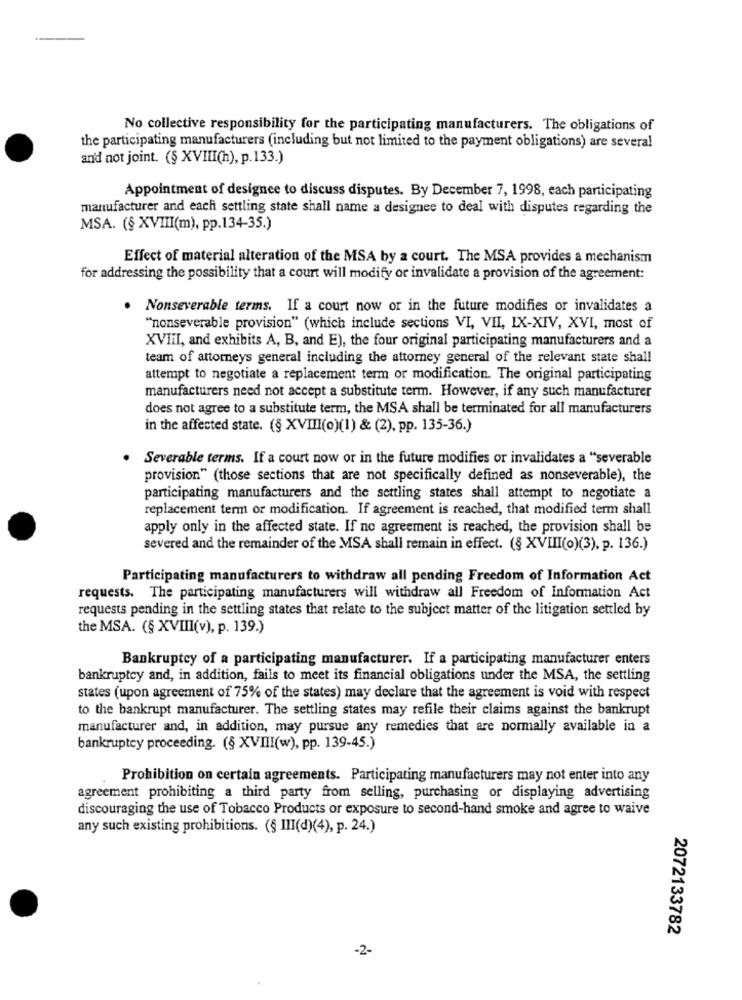
No collective responsibility for the participating manufacturers. The obligations of
the participating manufacturers (including but not limited to the payment obligations) are several
and not joint. (§ XVIII(h), p.133.)
Appointment of designee to discuss disputes. By December 7, 1998, each participating
manufacturer and each settling state shall name a designee to deal with disputes regarding the
MSA. (§ XVIII(m), pp.134-35.)
Effect of material alteration of the MSA by a court. The MSA provides a mechanism
for addressing the possibility that a court will modify or invalidate a provision of the agreement:
.
Nonseverable terms. If a court now or in the future modifies or invalidates a
"nonseverable provision" (which include sections VI, VII, IX-XIV, XVI, most of
XVIII, and exhibits A, B, and E), the four original participating manufacturers and a
team of attorneys general including the attorney general of the relevant state shall
attempt to negotiate a replacement term or modification. The original participating
manufacturers need not accept a substitute term. However, if any such manufacturer
does not agree to a substitute term, the MSA shall be terminated for all manufacturers
in the affected state. (§ XVIII(o)(1) & (2), pp. 135-36.)
. Severable terms. If a court now or in the future modifies or invalidates a "severable
provision" (those sections that are not specifically defined as nonseverable), the
participating manufacturers and the settling states shall attempt to negotiate a
replacement term or modification. If agreement is reached, that modified term shall
apply only in the affected state. If no agreement is reached, the provision shall be
severed and the remainder of the MSA shall remain in effect. (§ XVIII(o)(3), p. 136.)
Participating manufacturers to withdraw all pending Freedom of Information Act
requests. The participating manufacturers will withdraw all Freedom of Information Act
requests pending in the settling states that relate to the subject matter of the litigation settled by
the MSA. (§ XVIII(v), p. 139.)
Bankruptcy of a participating manufacturer. If a participating manufacturer enters
bankruptcy and, in addition, fails to meet its financial obligations under the MSA, the settling
states (upon agreement of 75% of the states) may declare that the agreement is void with respect
to the bankrupt manufacturer. The settling states may refile their claims against the bankrupt
manufacturer and, in addition, may pursue any remedies that are normally available in a
bankruptcy proceeding. (§ XVIII(w), pp. 139-45.)
Prohibition on certain agreements. Participating manufacturers may not enter into any
agreement prohibiting a third party from selling, purchasing or displaying advertising
discouraging the use of Tobacco Products or exposure to second-hand smoke and agree to waive
any such existing prohibitions. (§ III(d)(4), p. 24.)
2072133782
-2-